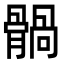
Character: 䯞